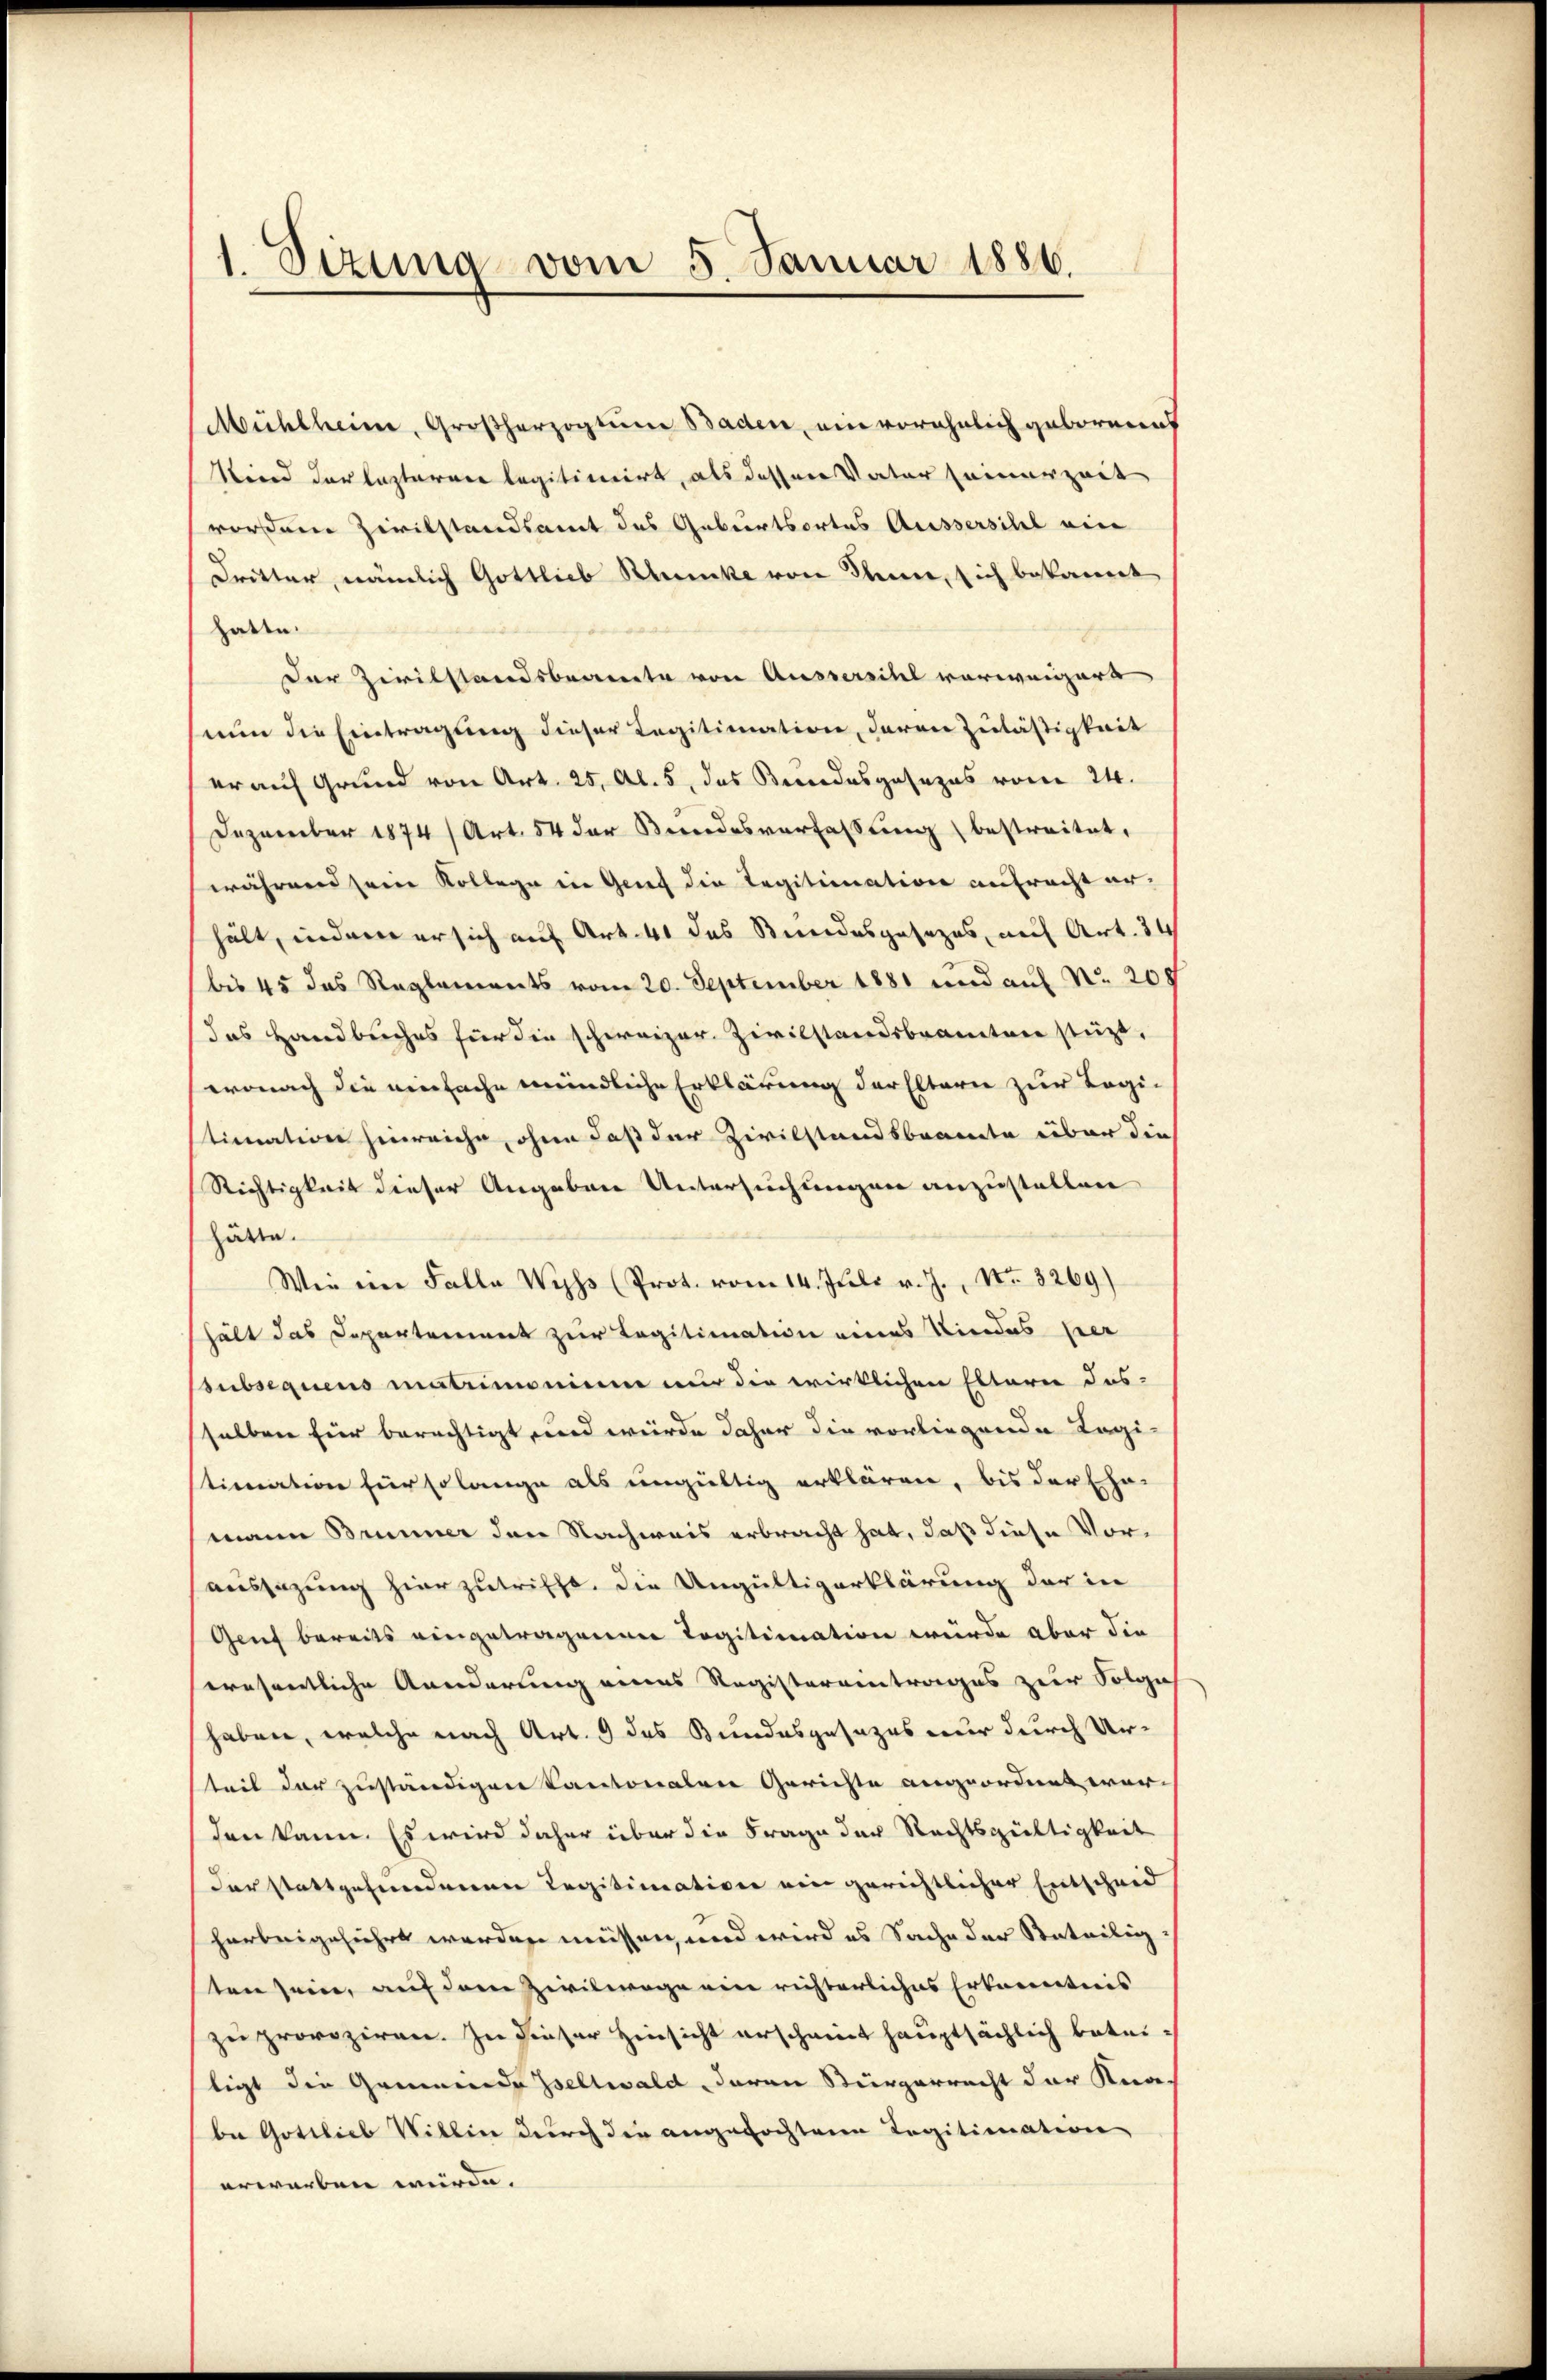
1. Sizung vom 5. Januar 1886.

Mühlheim, Großherzogtum Baden, ein vorähnlich geborenes
Sind der lezteren legitimirt, als dessen Vater seinerzeit
vorden Zivilstandsamt des Geburtsortes Aussersihl ein
Dritter, nämlich Gottlieb Khncke von Senne, sich bekannt
hatte.
Der Zivilstandsbeamte von Aussersihl vorweigert
nun die Eintragung dieser Legitimation, deren Zuläßigkeit
er auf Grund von Art. 25, Al. 5, das Berrodesgesezes vom 24.
Dezember 1874 Art. 54 der Bundesverfassung bestreitet,
während sein Kollege in Genf die Legitimnation antracht er-
hält, indem er sich auf Art. 41 das Stundesgesezes, auch Art. 34
bis 45 das Reglements vom 20. September 1881 und auf No 208
das Handbuches für die schweizer. Zivilstandsbeamten stüzt,
wonach die einfache mündliche Erklärung der Eltern zur Logi-
timation hinreiche, ohne daß der Zivilstandsbeamte über die
Richtigkeit dieser Angaben Untersuchungen anzustellen
hätte.
Wie im Falle Wyss (Prot. vom 14. Jŭli v. J., Nr. 3269)
hält das Departement zur Legitimation eines Niedes Her
subsequens matrimoniume nur die wirklichen Eltern das-
selben für berechtigt und würde daher die vorliegende Legi-
stimation für solange als ungültig erklären, bis der Ehe-
mann Brunner den Nachweis erbracht hat, daß diese Voraussazung hierzutrifft, die Ungültigerklärung der in
Genf bereits eingetragenen Togitimation würde aber die
swesentliche Aenderung eines Registereintrages zur Folge
haben, welche nach Art. 9 des Bundesgesezes nur durch Urteil der zuständigen Kantonalen Gerichte angeordnet wer-
den kann. Es wird daher über die Frage der Rechtsgültigkeit
der stattgefundenen Legitimation ein gerichtlicher Entscheid
herbeigeführt werden müssen, und wird es Sache der Anteilig
ten sein, auf dem Zivilwage ein richterliches Erkanntnis
zu provoziren. In dieser Hinsicht erschreit hauptsächlich betei-
tigt die Gemeinde Isellwald daran Stürgerrecht der Kna-
be Gottlieb Willen durch die angefochtene Legitimation
erworben wurde.